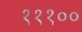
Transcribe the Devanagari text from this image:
१११००